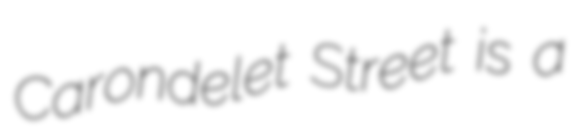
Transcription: Carondelet Street is a